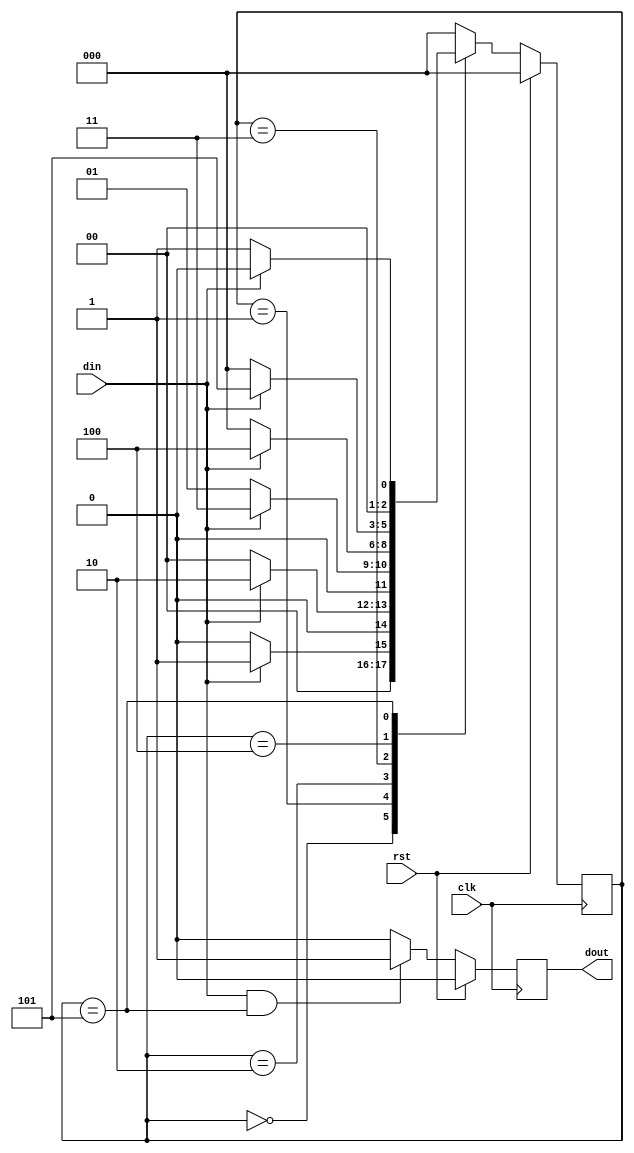
//melay 001001 nonoverlap
module seq_001001(input din,clk,rst,output reg dout);
parameter S0 =0,S1=1,S2=2,S3=3,S4=4,S5=5,S6=6;
reg [2:0] state,nextstate;
always @(*)
begin
case(state)
 S0: nextstate = din ? S1:S0;
 S1: nextstate = din ? S2:S0;
 S2: nextstate = din ? S3:S1;
 S3: nextstate = din ? S4:S0;
 S4: nextstate = din ? S5:S0;
 S5: nextstate = din ? S0:S1;
default :nextstate =S0;
endcase
end
always@(posedge clk)
begin
 if(rst)
    state<=2'b00;
    else state<= nextstate;
end
always @(posedge clk)
begin
  if(rst)
   dout<=1'b0;
  else begin
   if(din&(state == S5))
     dout<=1'b1;
   else
     dout<= 1'b0;
end
end
endmodule